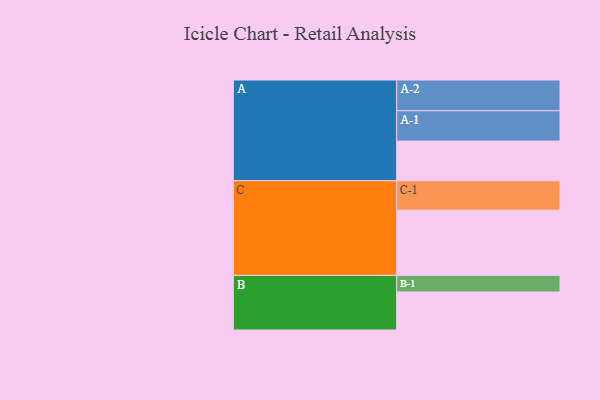
{"axis": {"x": "Segment", "y": "Value"}, "legend": ["", "A", "B", "C"], "data": [{"x": "A", "y": 347, "type": ""}, {"x": "B", "y": 333, "type": ""}, {"x": "C", "y": 571, "type": ""}, {"x": "A-1", "y": 266, "type": "A"}, {"x": "A-2", "y": 269, "type": "A"}, {"x": "B-1", "y": 145, "type": "B"}, {"x": "C-1", "y": 258, "type": "C"}]}